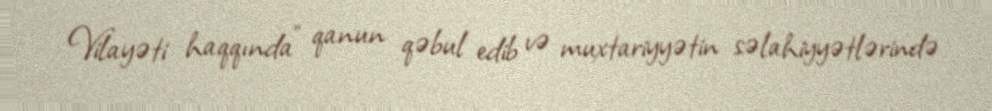
Vilayəti haqqında” qanun qəbul edib və muxtariyyətin səlahiyyətlərində